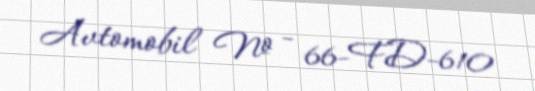
Avtomobil № - 66-FD-610